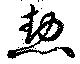
恝